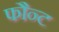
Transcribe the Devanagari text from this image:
फौन्ट